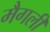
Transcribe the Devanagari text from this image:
मैगली